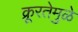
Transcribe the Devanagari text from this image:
क्रूरतेमुळे